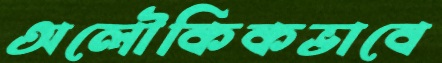
অলৌকিকভাবে